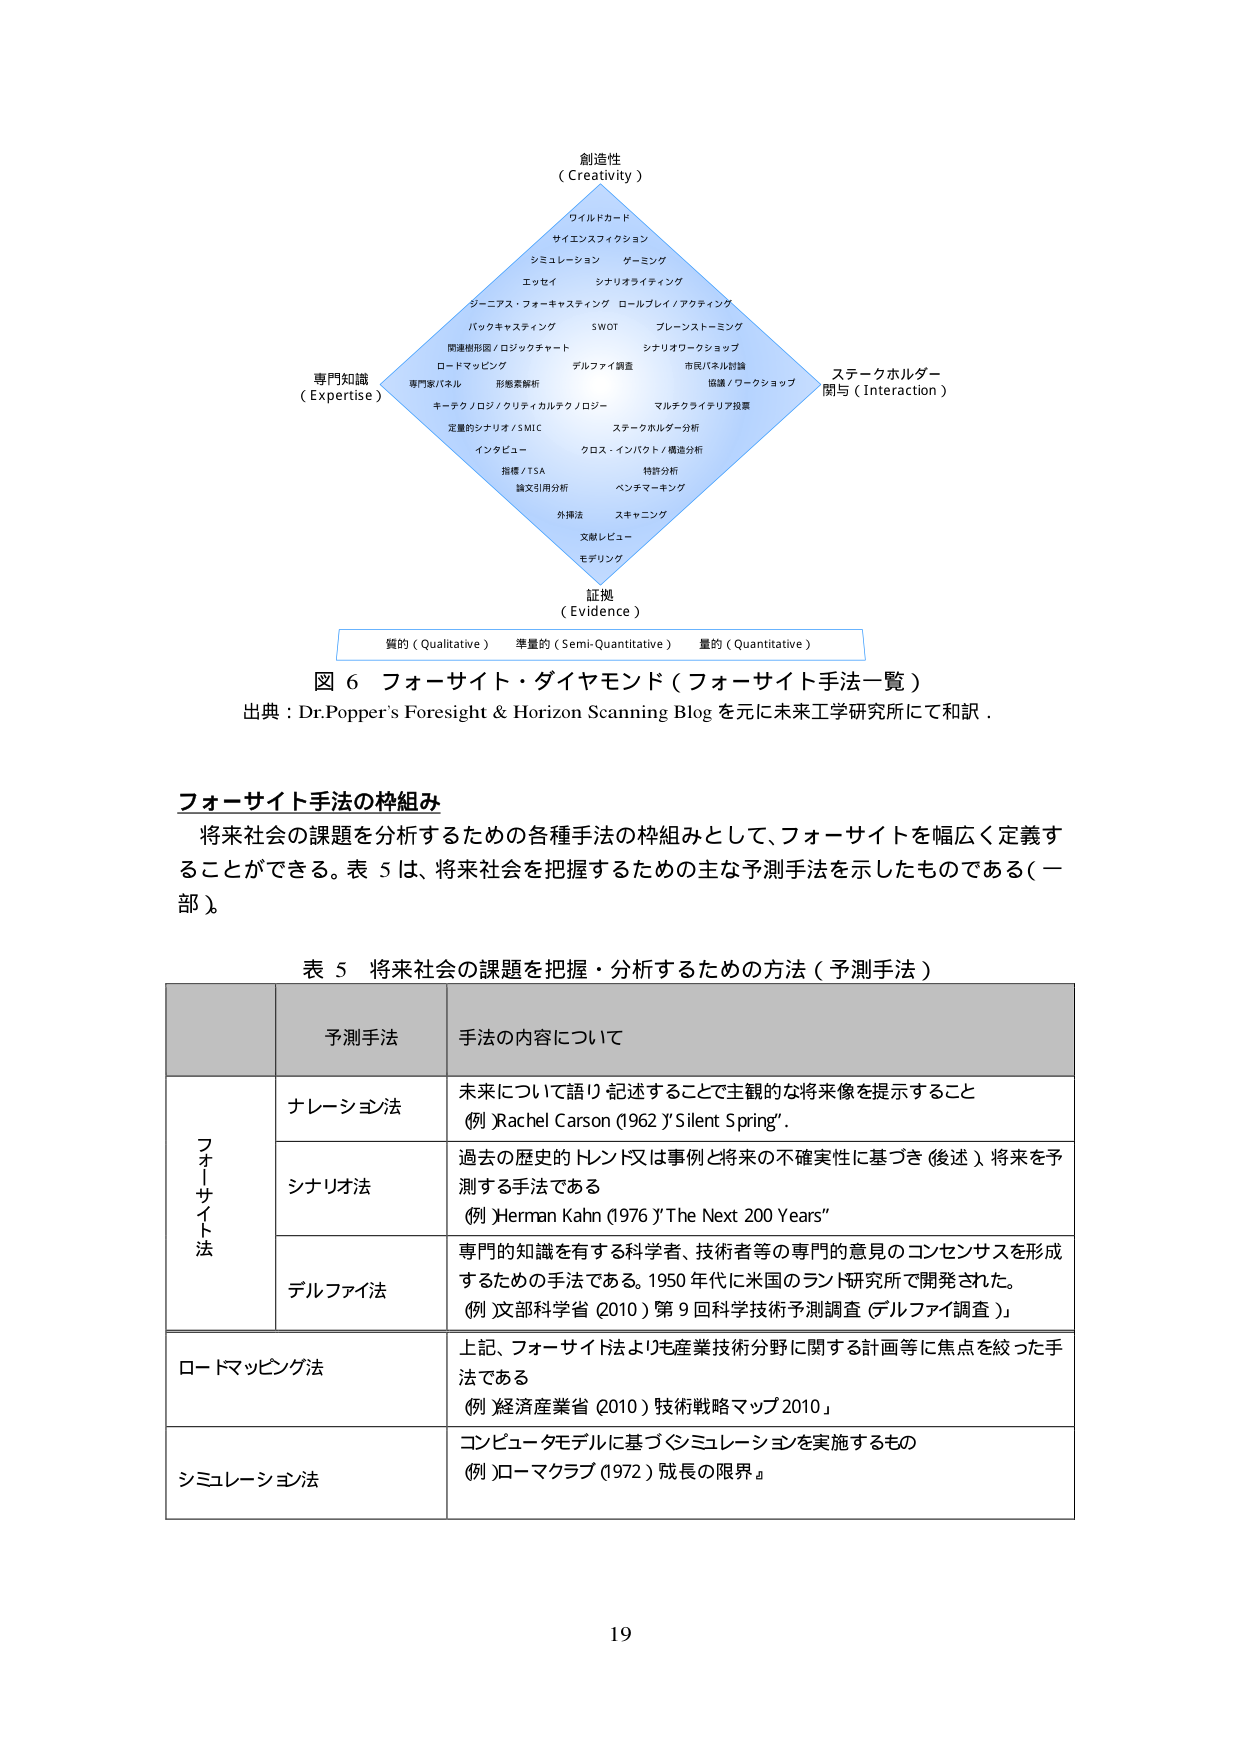
創造性
（Creativity）

ワイルドカード
サイエンスフィクション
シミュレーション ゲーミング
エッセイ シナリオライティング
ジーニアス・フォーキャスティング ロールプレイ／アクティング
バックキャスティング SWOT ブレインストーミング
関連樹形図／ロジックチャート シナリオワークショップ
ロードマッピング デルファイ調査 市民パネル討論
専門家パネル 形態素解析 協議／ワークショップ
キーテクノロジ／クリティカルテクノロジー マルチクライテリア投票
定量的シナリオ／SMIC ステークホルダー分析
インタビュー クロス・インパクト／構造分析
指標／TSA 特許分析
論文引用分析 ベンチマーキング
外挿法 スキャニング
文献レビュー
モデリング

証拠
（Evidence）

質的（Qualitative） 準量的（Semi-Quantitative） 量的（Quantitative）

図 6 フォーサイト・ダイヤモンド（フォーサイト手法一覧）
出典：Dr.Popper's Foresight & Horizon Scanning Blog を元に未来工学研究所にて和訳。

フォーサイト手法の枠組み
将来社会の課題を分析するための各種手法の枠組みとして、フォーサイトを幅広く定義することができる。表 5 は、将来社会を把握するための主な予測手法を示したものである（一部）。

表 5 将来社会の課題を把握・分析するための方法（予測手法）

| | 予測手法 | 手法の内容について |
|---|---|---|
| フォーサイト法 | ナレーショソ法 | 未来について語り記述することで主観的な将来像を提示すること<br>（例）Rachel Carson (1962)『Silent Spring』。 |
| | シナリオ法 | 過去の歴史的トレンド又は事例と将来の不確実性に基づき（後述）、将来を予測する手法である<br>（例）Herman Kahn (1976)『The Next 200 Years』 |
| | デルファイ法 | 専門的知識を有する科学者、技術者等の専門的意見のコンセンサスを形成するための手法である。1950年代に米国のランド研究所で開発された。<br>（例）文部科学省（2010）第9回科学技術予測調査（デルファイ調査）」 |
| | ロードマッピング法 | 上記、フォーサイト法よりも産業技術分野に関する計画等に焦点を絞った手法である<br>（例）経済産業省（2010）技術戦略マップ2010」 |
| | シミュレーション法 | コンピュータモデルに基づくシミュレーションを実施するもの<br>（例）ローマクラブ（1972）『成長の限界』 |

19